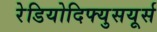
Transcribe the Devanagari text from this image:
रेडियोदिफ्युसयूर्स